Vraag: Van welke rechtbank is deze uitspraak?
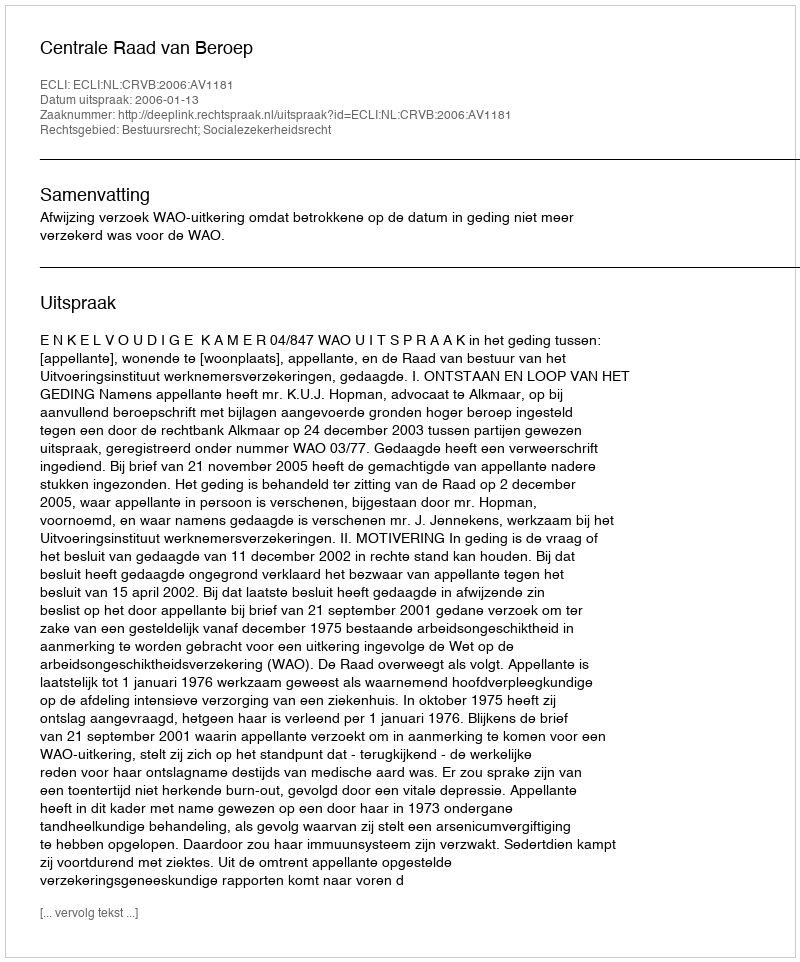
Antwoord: Centrale Raad van Beroep